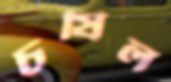
চষিল